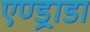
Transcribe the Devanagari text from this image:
एण्ड्राडा